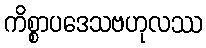
ကိစ္စာပဒေသဗဟုလဿ